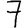
Digit: 7